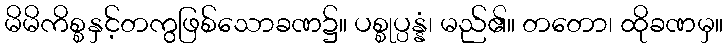
မိမိကိစ္စနှင့်တကွဖြစ်သောခဏ၌။ ပစ္စုပ္ပန္နံ၊ မည်၏။ တတော၊ ထိုခဏမှ။